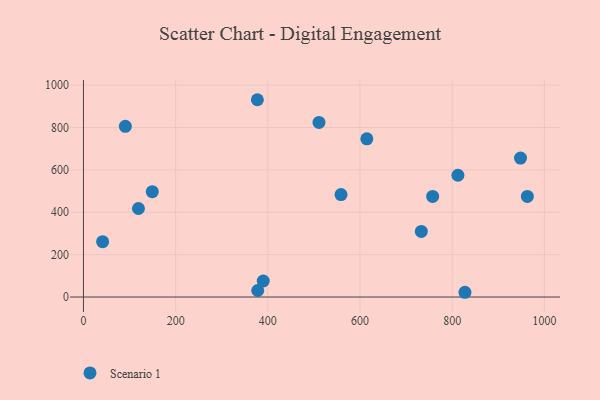
{"axis": {"x": "Ad Spend", "y": "Salary"}, "legend": ["Scenario 1"], "data": [{"x": "948.2", "y": 656.0, "type": "Scenario 1"}, {"x": "963.1", "y": 474.7, "type": "Scenario 1"}, {"x": "149.3", "y": 497.2, "type": "Scenario 1"}, {"x": "511.0", "y": 823.9, "type": "Scenario 1"}, {"x": "378.1", "y": 30.8, "type": "Scenario 1"}, {"x": "733.0", "y": 309.5, "type": "Scenario 1"}, {"x": "614.8", "y": 746.5, "type": "Scenario 1"}, {"x": "558.8", "y": 483.3, "type": "Scenario 1"}, {"x": "827.7", "y": 22.4, "type": "Scenario 1"}, {"x": "90.9", "y": 805.6, "type": "Scenario 1"}, {"x": "757.6", "y": 474.6, "type": "Scenario 1"}, {"x": "377.3", "y": 931.2, "type": "Scenario 1"}, {"x": "812.4", "y": 574.8, "type": "Scenario 1"}, {"x": "119.3", "y": 417.7, "type": "Scenario 1"}, {"x": "390.1", "y": 75.6, "type": "Scenario 1"}, {"x": "41.6", "y": 261.3, "type": "Scenario 1"}]}